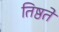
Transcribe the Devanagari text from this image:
तिष्ठते